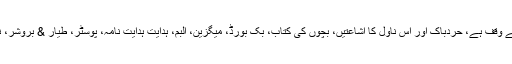
کایمیا ڈیزائن، پلیٹ، طباعت، ایک سٹاپ سروس کے تقسیم کے نظام کے ساتھ گاہک فراہم کرنے کے لئے وقف ہے، حردباک اور اس ناول کا اشاعتیں، بچوں کی کتاب، بک بورڈ، میگزین، البم، ہدایت ہدایت نامہ، پوسٹر، طیار & بروشر، نوٹ بک، پوشہ، پیکیجنگ باکس، کیلنڈر اور وغیرہ کی تمام اقسام کی مصنوعات کی رینج پر محیط ہے ۔